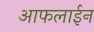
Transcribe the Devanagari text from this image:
आफलाईन